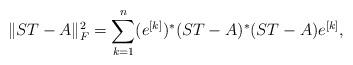
LaTeX: \begin{align*}\|ST-A\|_F^2 = \sum_{k=1}^n (e^{[k]})^* (ST-A)^* (ST-A) e^{[k]},\end{align*}